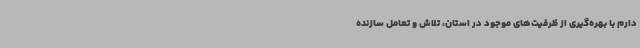
دارم با بهره‌گیری از ظرفیت‌های موجود در استان، تلاش و تعامل سازنده